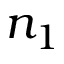
n _ { 1 }